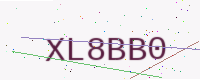
Text: XL8BB0